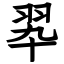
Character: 翆